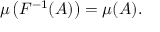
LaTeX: \mu \left( F ^ { - 1 } ( A ) \right) = \mu ( A ) .